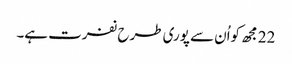
22 مجھ کواُن سے پوری طرح نفرت ہے۔